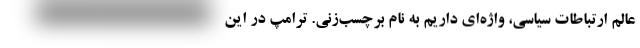
عالم ارتباطات سیاسی، واژه‌ای داریم به نام برچسب‌زنی. ترامپ در این